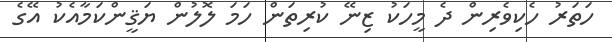
ހަތަރު ހެކިވެރިން ދެ މީހަކު ޒިނޭ ކުރިތަން ހަމަ ލޮލުން ޔަޤީންކަމާއެކު އޭގެ